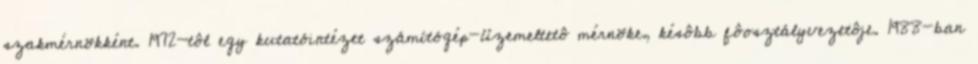
szakmérnökként. 1972-tôl egy kutatóintézet számítógép-üzemeltetô mérnöke, késôbb fôosztályvezetôje. 1988-ban